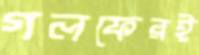
গলফেরই